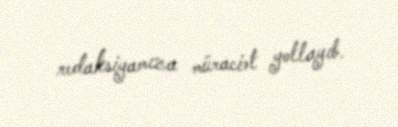
redaksiyamıza müraciət yollayıb.